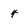
Character: 4